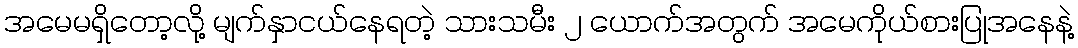
အမေမရှိတော့လို့ မျက်နှာငယ်နေရတဲ့ သားသမီး ၂ ယောက်အတွက် အမေကိုယ်စားပြုအနေနဲ့